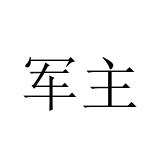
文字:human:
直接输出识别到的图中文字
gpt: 军主